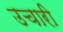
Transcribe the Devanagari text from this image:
उचारी